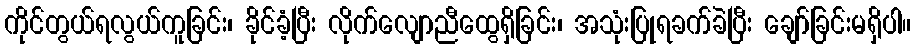
ကိုင်တွယ်ရလွယ်ကူခြင်း၊ ခိုင်ခံ့ပြီး လိုက်လျောညီထွေရှိခြင်း၊ အသုံးပြုရခက်ခဲပြီး ချော်ခြင်းမရှိပါ။